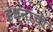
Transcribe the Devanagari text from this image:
इंधनांची